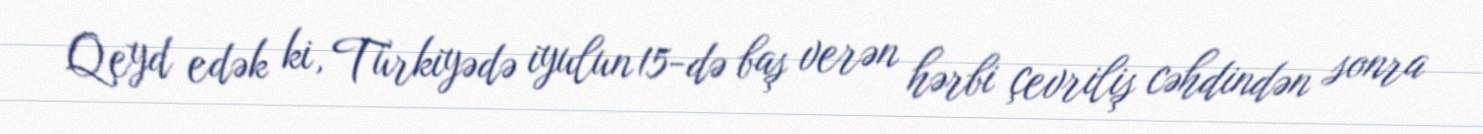
Qeyd edək ki, Türkiyədə iyulun 15-də baş verən hərbi çevriliş cəhdindən sonra